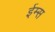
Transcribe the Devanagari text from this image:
ईम्स